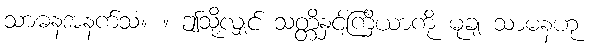
သာဓနအနက်သံ။ ။ ဤသို့လျှင် သတ္တိနှင့်ကြိယာကို မုချ သာဓနဟု